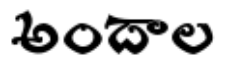
అందాల